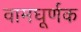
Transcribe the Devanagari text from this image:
वामघूर्णक